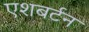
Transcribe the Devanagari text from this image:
एशबर्टन